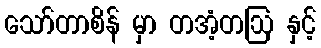
သော်တာစိန် မှာ တအံ့တဩ နှင့်